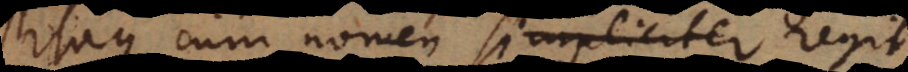
Itaque cum nomen simpliciter regit